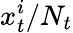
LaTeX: x_{t}^{i}/N_{t}